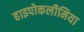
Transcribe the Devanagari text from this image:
हाइपोकलीमिया